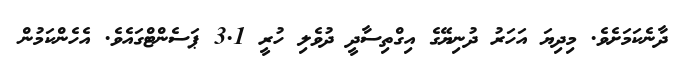
ދާނެކަމަށެވެ. މިދިޔަ އަހަރު ދުނިޔޭގެ އިގްތިސާދީ ދުވެލި ހުރީ 3.1 ޕަސެންޓްގައެވެ. އެހެންކަމުން